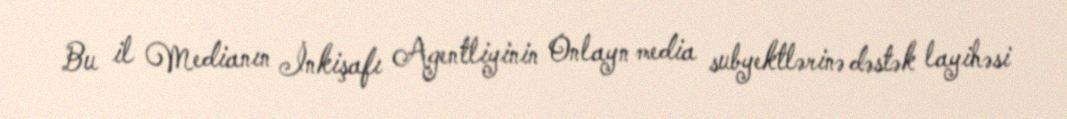
Bu il Medianın İnkişafı Agentliyinin Onlayn media subyektlərinə dəstək layihəsi